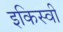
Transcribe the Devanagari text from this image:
इकिस्वी